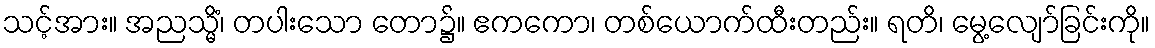
သင့်အား။ အညသ္မိံ၊ တပါးသော တော၌။ ဧကကော၊ တစ်ယောက်ထီးတည်း။ ရတိ၊ မွေ့လျော်ခြင်းကို။